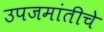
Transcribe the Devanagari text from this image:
उपजमांतीचे